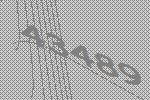
43489